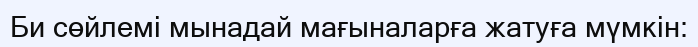
Би сөйлемі мынадай мағыналарға жатуға мүмкін: